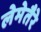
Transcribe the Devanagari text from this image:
लेमेतैरे